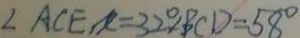
\angle A C E , x = 3 2 ^ { \circ } , \angle B C D = 5 8 ^ { \circ }